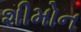
શીમોન